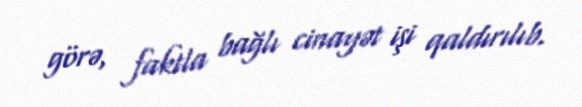
görə, faktla bağlı cinayət işi qaldırılıb.